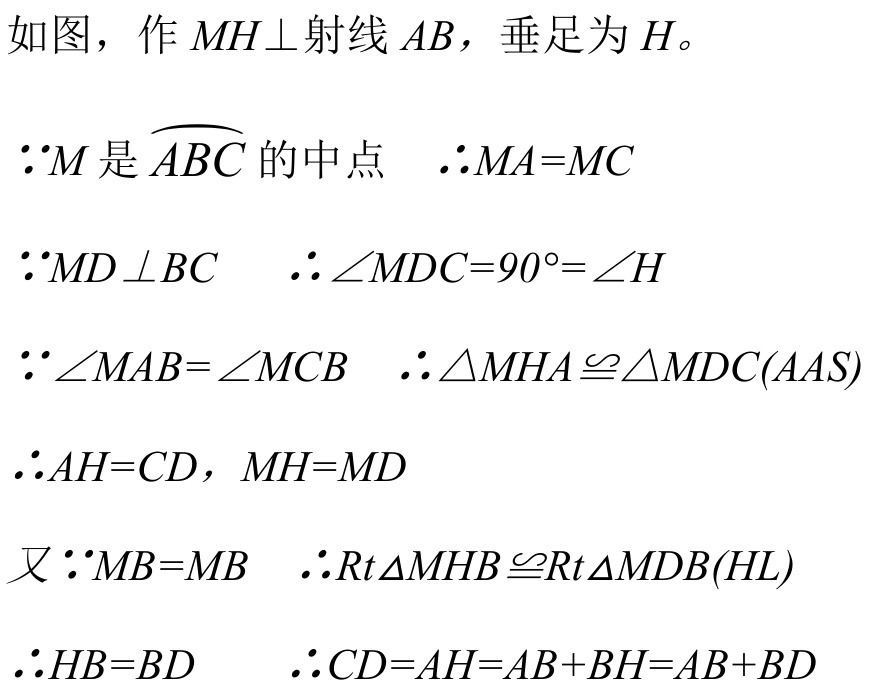
如图，作 \(MH\perp\)射线 \(AB\)，垂足为 \(H\)。

\(\because M\) 是 \(\overset{\frown}{ABC}\) 的中点  \(\therefore MA = MC\)

\(\because MD\perp BC\)  \(\therefore\angle MDC = 90^{\circ}=\angle H\)

\(\because\angle MAB=\angle MCB\)  \(\therefore\triangle MHA\cong\triangle MDC(AAS)\)

\(\therefore AH = CD\)，\(MH = MD\)

又 \(\because MB = MB\)  \(\therefore Rt\triangle MHB\cong Rt\triangle MDB(HL)\)

\(\therefore HB = BD\)  \(\therefore CD=AH = AB + BH=AB + BD\)